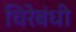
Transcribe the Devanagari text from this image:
चिरेबंधी